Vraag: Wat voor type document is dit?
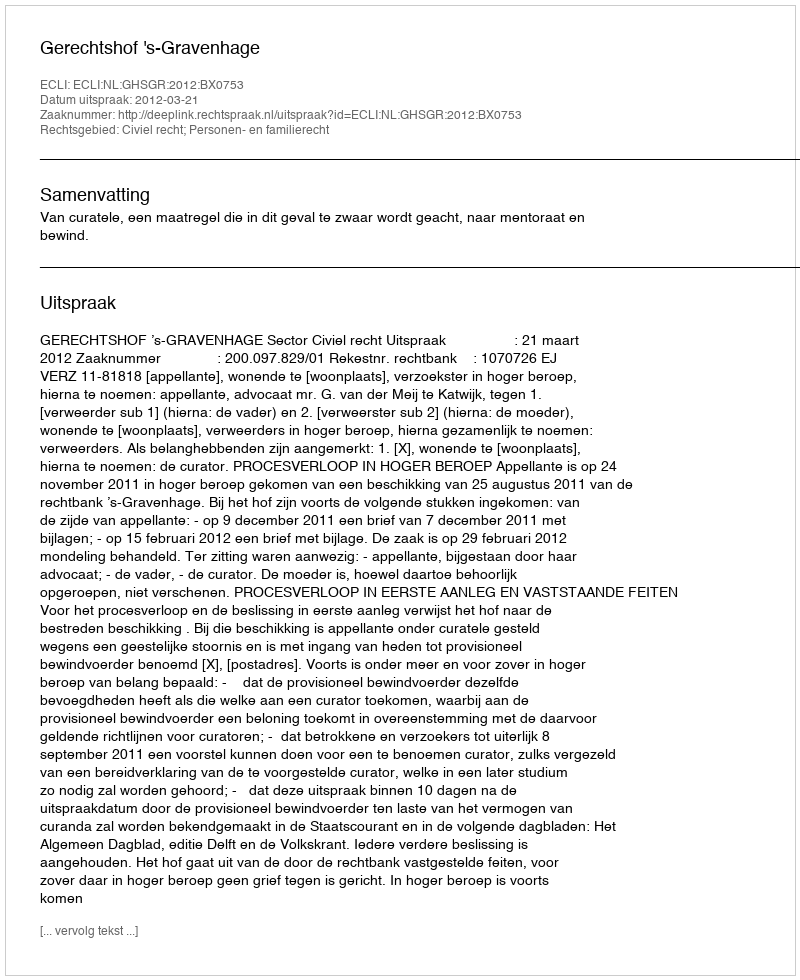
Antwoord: Uitspraak